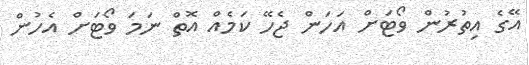
އޭގެ އިތުރުން ވޯޓަށް އަހަން ޖެހޭ ކަމެއް އޮތް ނަމަ ވޯޓަށް އެހުން